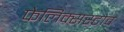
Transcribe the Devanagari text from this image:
फेलिक्सस्टोव